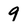
Character: 9